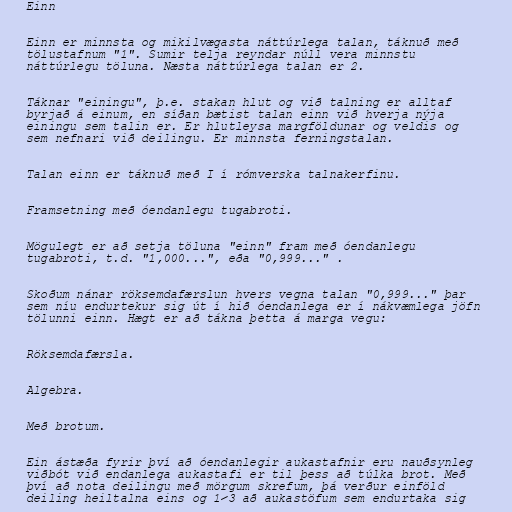
Einn

Einn er minnsta og mikilvægasta náttúrlega talan, táknuð með
tölustafnum "1". Sumir telja reyndar núll vera minnstu
náttúrlegu töluna. Næsta náttúrlega talan er 2.

Táknar "einingu", þ.e. stakan hlut og við talning er alltaf
byrjað á einum, en síðan bætist talan einn við hverja nýja
einingu sem talin er. Er hlutleysa margföldunar og veldis og
sem nefnari við deilingu. Er minnsta ferningstalan.

Talan einn er táknuð með I í rómverska talnakerfinu.

Framsetning með óendanlegu tugabroti.

Mögulegt er að setja töluna "einn" fram með óendanlegu
tugabroti, t.d. "1,000...", eða "0,999..." .

Skoðum nánar röksemdafærslun hvers vegna talan "0,999..." þar
sem níu endurtekur sig út í hið óendanlega er í nákvæmlega jöfn
tölunni einn. Hægt er að tákna þetta á marga vegu:

Röksemdafærsla.

Algebra.

Með brotum.

Ein ástæða fyrir því að óendanlegir aukastafnir eru nauðsynleg
viðbót við endanlega aukastafi er til þess að túlka brot. Með
því að nota deilingu með mörgum skrefum, þá verður einföld
deiling heiltalna eins og 1⁄3 að aukastöfum sem endurtaka sig